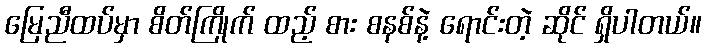
မြေညီထပ်မှာ စိတ်ကြိုက် ထည့် စား စနစ်နဲ့ ရောင်းတဲ့ ဆိုင် ရှိပါတယ်။